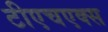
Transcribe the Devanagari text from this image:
टीएचएक्स